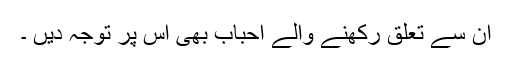
ان سے تعلق رکھنے والے احباب بھی اس پر توجہ دیں ۔